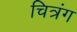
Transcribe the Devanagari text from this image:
चित्रंग